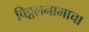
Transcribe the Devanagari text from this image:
विठ्ठलनामाचा